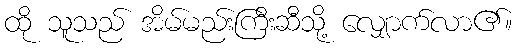
ထို သူသည် အိမ်မည်းကြီးဆီသို့ လျှောက်လာ၏။